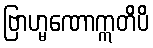
ဗြာဟ္မဏောဣတိပိ